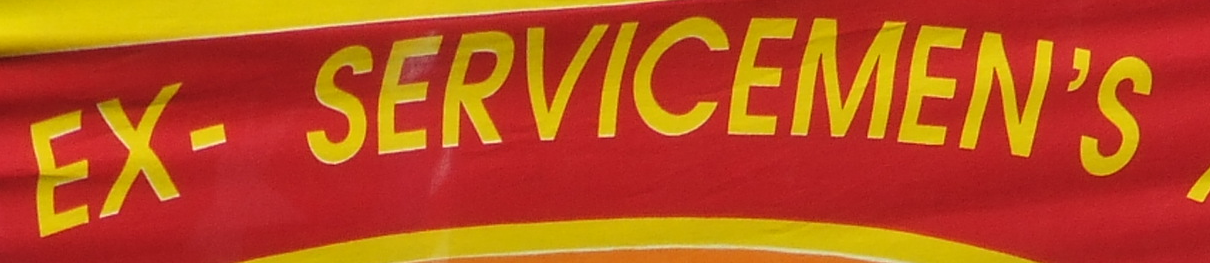
EX- SERVICEMEN'S